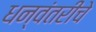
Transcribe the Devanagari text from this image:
धन्वंतरीचे